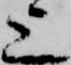
上